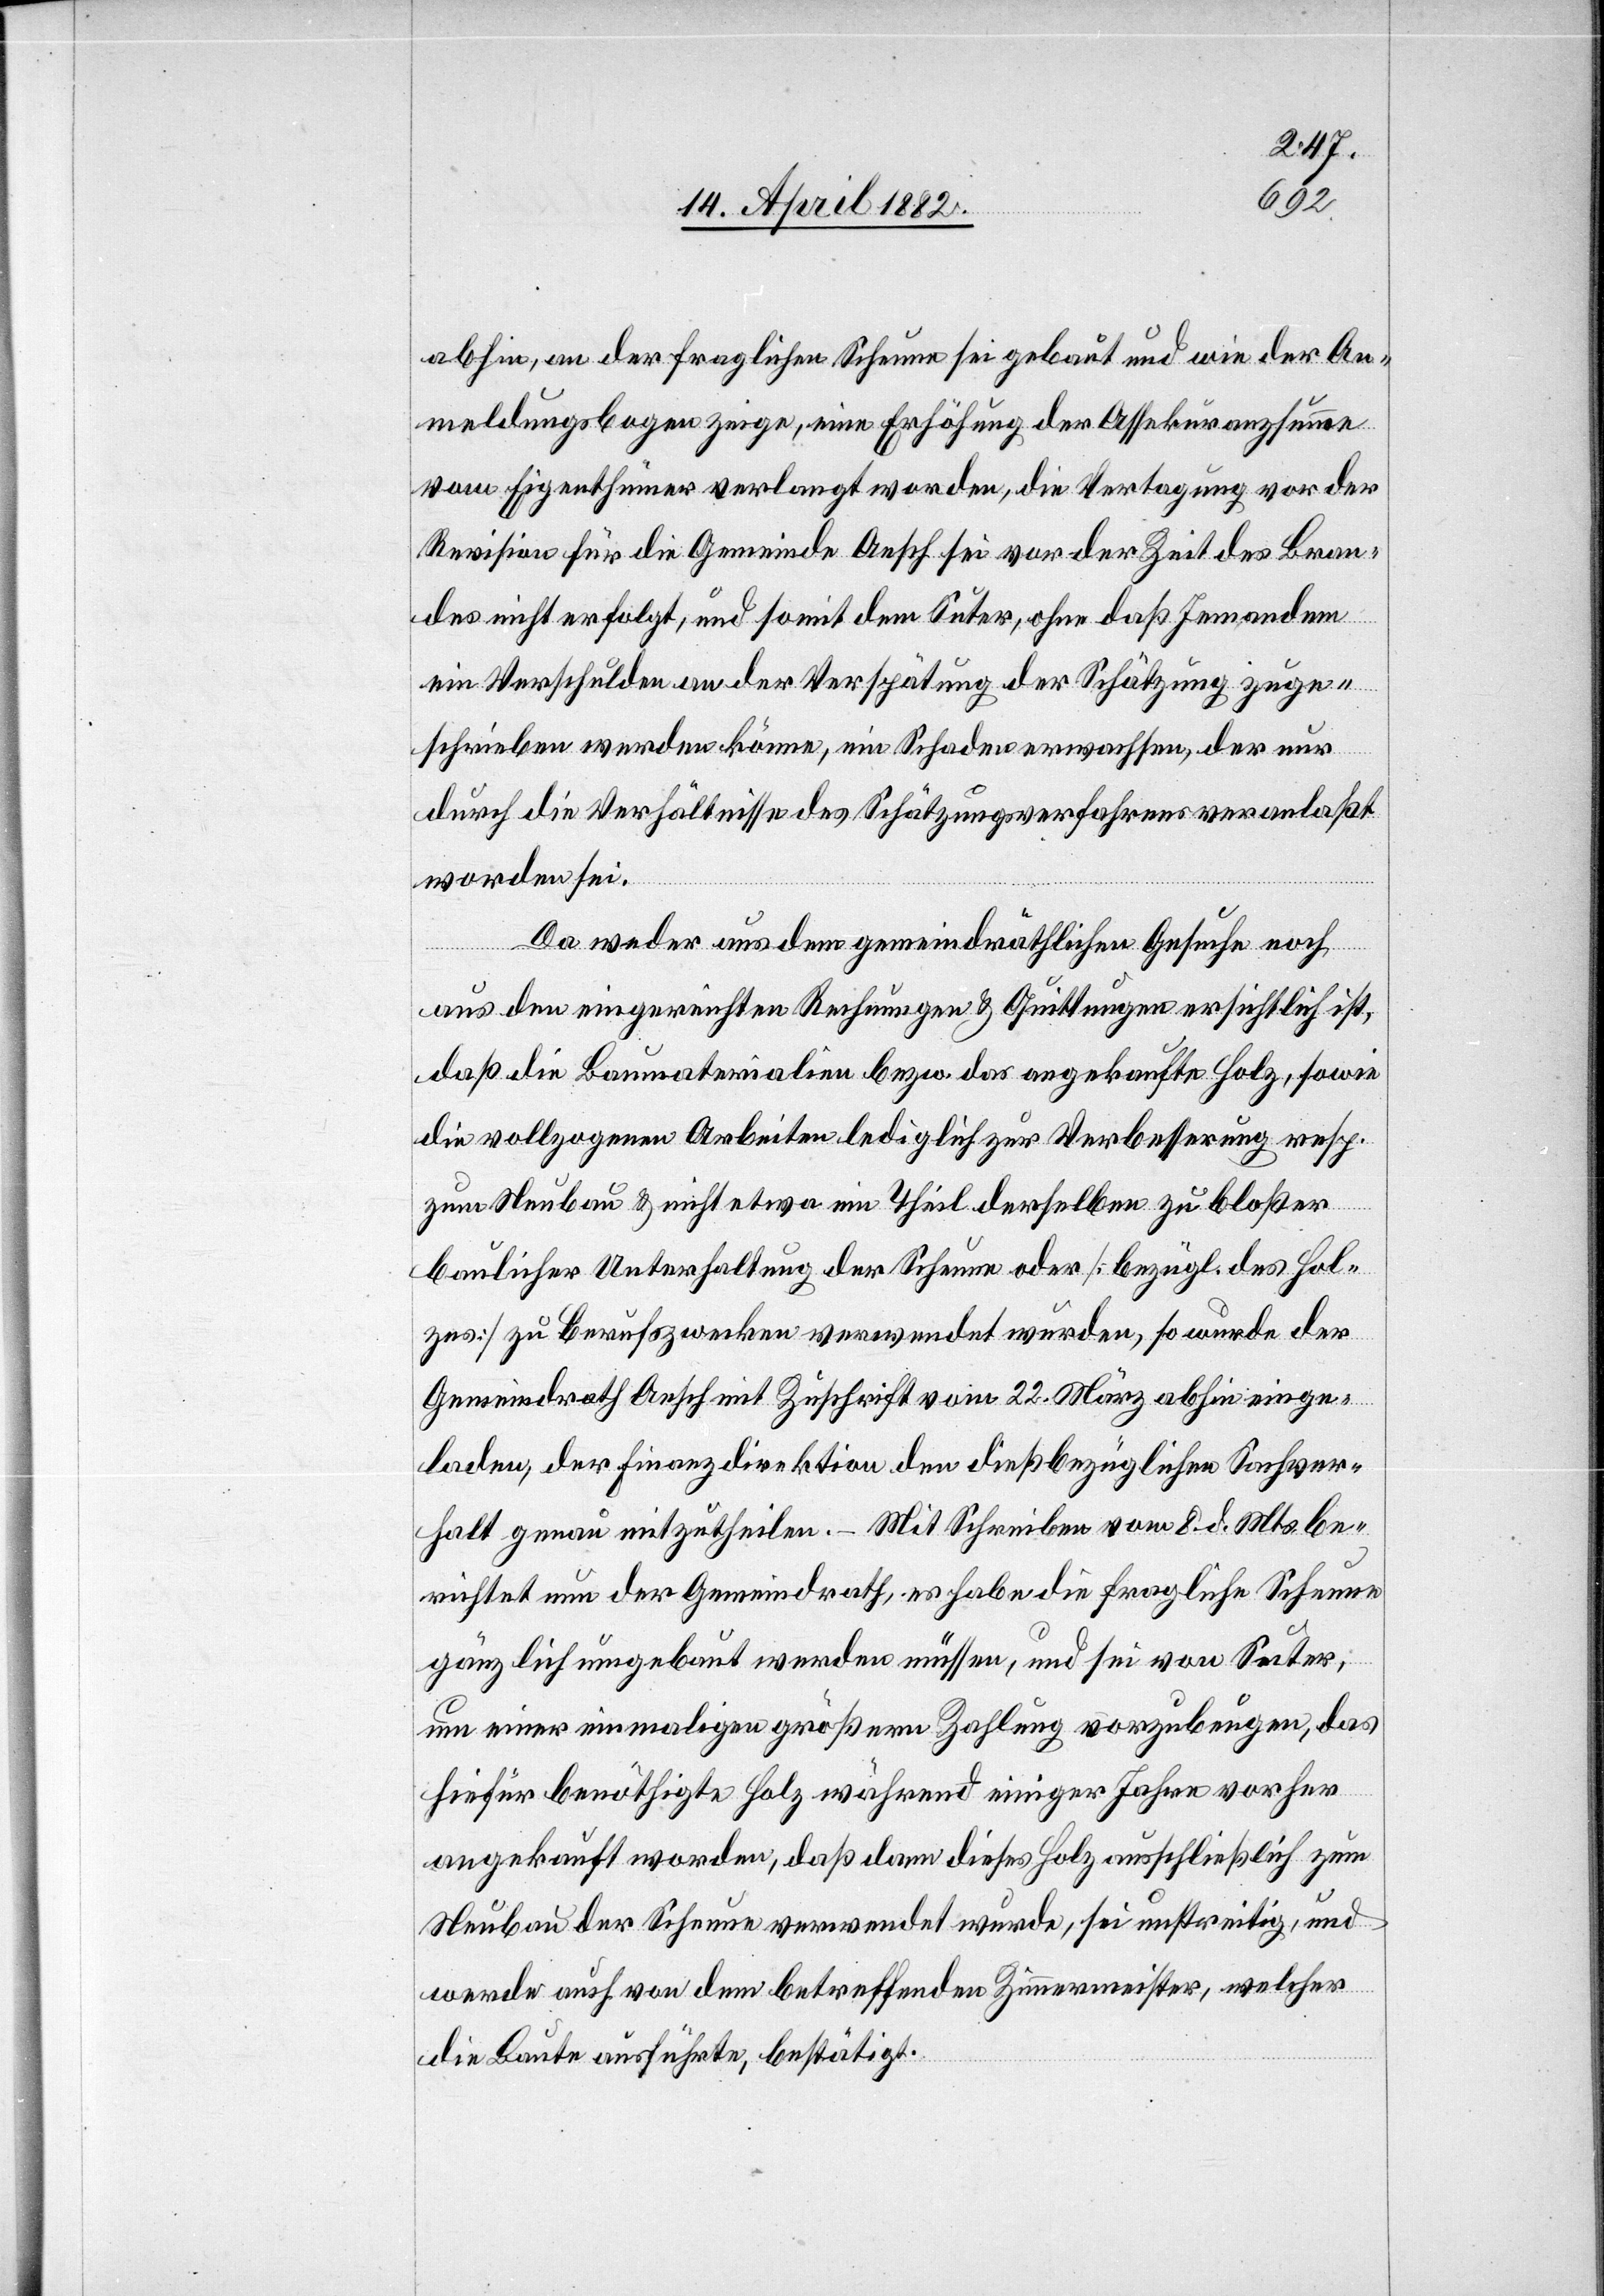
abhin, an der fraglichen Scheune sei gebaut und wie der An¬
meldungsbogen zeige, eine Erhöhung der Assekuranzsumme
vom Eigenthümer verlangt worden, die Vertagung vor der
Revision für die Gemeinde Aesch sei vor der Zeit des Bran¬
des nicht erfolgt, und somit dem Suter, ohne daß Jemandem
ein Verschulden an der Verspätung der Schätzung zuge¬
schrieben werden könne, ein Schaden erwachsen, der nur
durch die Verhältnisse des Schätzungsverfahrens veranlaßt
worden sei.
Da weder aus dem gemeindräthlichen Gesuche noch
aus den eingereichten Rechnungen & Quittungen ersichtlich ist,
daß die Baumaterialien bezw. das angekaufte Holz, sowie
die vollzogenen Arbeiten lediglich zur Verbesserung resp.
zum Neubau & nicht etwa ein Theil derselben zu bloßer
baulicher Unterhaltung der Scheune oder [bezügl. des Hol¬
zes] zu Berufszwecken verwendet wurden, so wurde der
Gemeindrath Aesch mit Zuschrift vom 22. März abhin einge¬
laden, der Finanzdirektion den dießbezüglichen Sachver¬
halt genau mitzutheilen. – Mit Schreiben vom 8. d. Mts. be¬
richtet nun der Gemeindrath, es habe die fragliche Scheune
gänzlich umgebaut werden müssen, und sei von Suter,
um einer einmaligen größern Zahlung vorzubeugen, das
hiefür benöthigte Holz während einiger Jahre vorher
angekauft worden, daß dann dieses Holz ausschließlich zum
Neubau der Scheune verwendet wurde, sei unstreitig, und
werde auch von dem betreffenden Zimmermeister, welcher
die Baute ausführte, bestätigt.